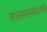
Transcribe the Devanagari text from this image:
मानसशास्त्राधारित